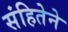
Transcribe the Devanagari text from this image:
संहितेने